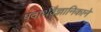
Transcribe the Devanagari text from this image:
पदार्थवैज्ञानिकाने